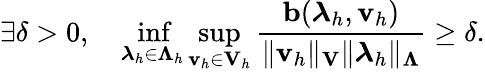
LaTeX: \exists\delta>0,\quad\operatorname*{inf}_{\boldsymbol\lambda_{h}\in\boldsymbol\Lambda_{h}}\operatorname*{sup}_{{\mathbf v}_{h}\in{\mathbf V}_{h}}\frac{{\mathbf b}(\boldsymbol\lambda_{h},{\mathbf v}_{h})}{\| {\mathbf v_{h}}\| _{\mathbf V}\| \boldsymbol\lambda_{h}\| _{\boldsymbol\Lambda}}\geq\delta.